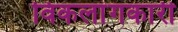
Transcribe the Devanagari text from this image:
विकलांगकारी